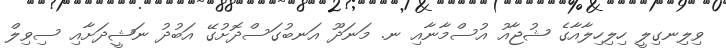
ވިލިނގިލީ ހިލިހިލާއާގެ ޝުޖާއު އުސްމާނާއި ނ. މަނަދޫ އަނބުގަސްދޮށުގޭ އަބުދު ނަޝީދަށާއި ސިވިލް